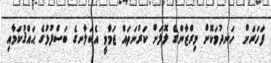
ފަހަރަށް  ހަނދުމަކޮށް މިރްޒާންގެ ލޮލަށް ކަރުނަތައް ޖަމާވީ އެކަލާނގެ ބަސްފުޅުގެ ޙައްޤުކަމާއި